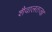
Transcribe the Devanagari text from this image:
शैवालतज्ज्ञ